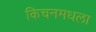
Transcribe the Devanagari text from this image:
किचनमधला